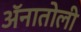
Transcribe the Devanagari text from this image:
ॲनातोली